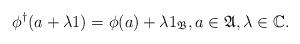
LaTeX: \begin{align*} \phi^\dagger(a + \lambda 1) = \phi(a) + \lambda 1_\mathfrak{B}, a \in \mathfrak A, \lambda \in \mathbb C.\end{align*}